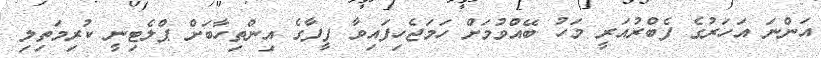
އަންނަ އަހަރުގެ ފެބްރުއަރީ މަހު ބޭއްވުމަށް ހަމަޖެހިފައިވާ ފީފާގެ އިންތިހާބަށް ޕްލެޓިނީ ކުރިމަތިލި